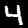
Label: 4